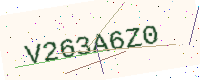
Text: V263A6Z0